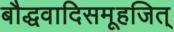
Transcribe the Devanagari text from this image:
बौद्धवादिसमूहजित्